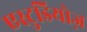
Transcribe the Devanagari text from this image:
एस्टुडियोज़